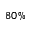
8 0 \%